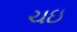
ચઇ